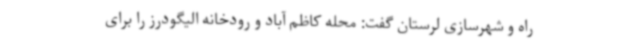
راه و شهرسازی لرستان گفت: محله کاظم آباد و رودخانه الیگودرز را برای